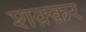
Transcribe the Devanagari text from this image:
शक़्क़र